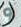
و